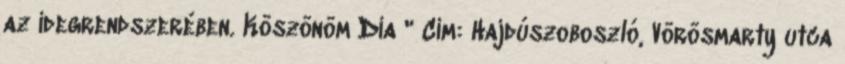
az idegrendszerében. Köszönöm Dia " Cím: Hajdúszoboszló, Vörösmarty utca